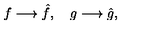
f \longrightarrow \hat { f } , \quad g \longrightarrow \hat { g } ,